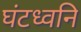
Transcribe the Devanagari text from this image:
घंटध्वनि